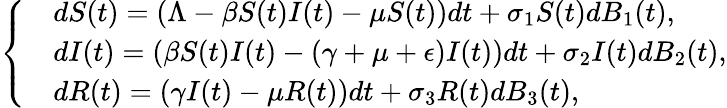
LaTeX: \left\{ \begin{array}{ll}{\begin{array}{rl}&{{dS(t)}=(\Lambda-\beta S(t)I(t)-\mu S(t))dt+\sigma_{1}S(t)dB_{1}(t),}\\ &{{dI(t)}=(\beta S(t)I(t)-(\gamma+\mu+\epsilon)I(t))dt+\sigma_{2}I(t)dB_{2}(t),}\\ &{{dR(t)}=(\gamma I(t)-\mu R(t))dt+\sigma_{3}R(t)dB_{3}(t),}\end{array}}\end{array}\right.